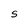
Character: S